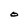
Character: O